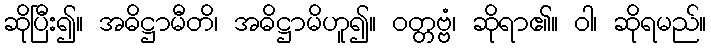
ဆိုပြီး၍။ အဓိဋ္ဌာမီတိ၊ အဓိဋ္ဌာမိဟူ၍။ ဝတ္တဗ္ဗံ၊ ဆိုရာ၏။ ဝါ၊ ဆိုရမည်။